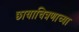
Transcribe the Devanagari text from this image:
छायाचित्रणाच्या